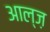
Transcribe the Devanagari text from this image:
आल्ज़